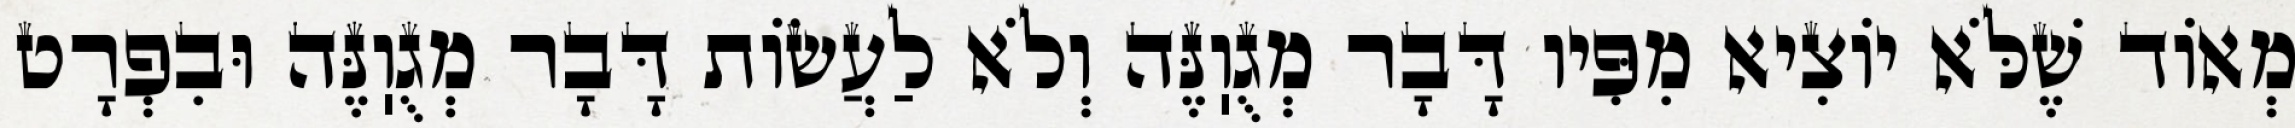
מְאוֹד שֶׁלֹּא יוֹצִיא מִפִּיו דָּבָר מְגֻוֽנֶּה וְלֹא לַעֲשׂוֹת דָּבָר מְגֻוֽנֶּה וּבִפְרָט